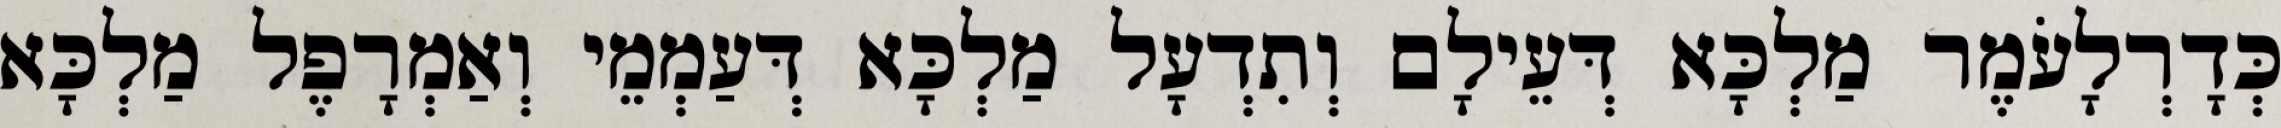
כְּדָרְלָעֹמֶר מַלְכָּא דְּעֵילָם וְתִדְעָל מַלְכָּא דְּעַמְמֵי וְאַמְרָפֶל מַלְכָּא